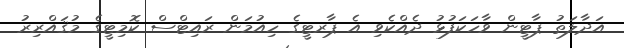
އަދާލަތު ޕާޓީން ވާހަކަފުޅު ދެއްކެވި އެ ޕާރޓީގެ ހިއުމަން ރައިޓްސް ކޮމިޓީގެ މުޤައްރިރު